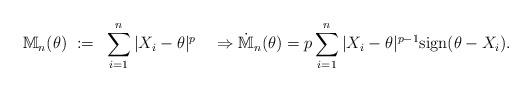
LaTeX: \begin{align*}\mathbb{M}_n(\theta) ~:=~ \sum_{i=1}^n |X_i - \theta|^{p} \quad\Rightarrow\dot{\mathbb{M}}_n(\theta) = p\sum_{i=1}^n |X_i - \theta|^{p-1}\mbox{sign}(\theta - X_i).\end{align*}